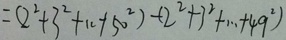
= ( 2 ^ { 2 } + 3 ^ { 2 } + \cdot + 5 0 ^ { 2 } ) - ( 2 ^ { 2 } + 3 ^ { 2 } + \cdots + 4 9 ^ { 2 } )